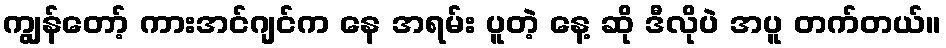
ကျွန်တော့် ကားအင်ဂျင်က နေ အရမ်း ပူတဲ့ နေ့ ဆို ဒီလိုပဲ အပူ တက်တယ်။